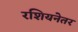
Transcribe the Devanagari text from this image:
रशियनेतर